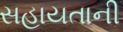
સહાયતાની